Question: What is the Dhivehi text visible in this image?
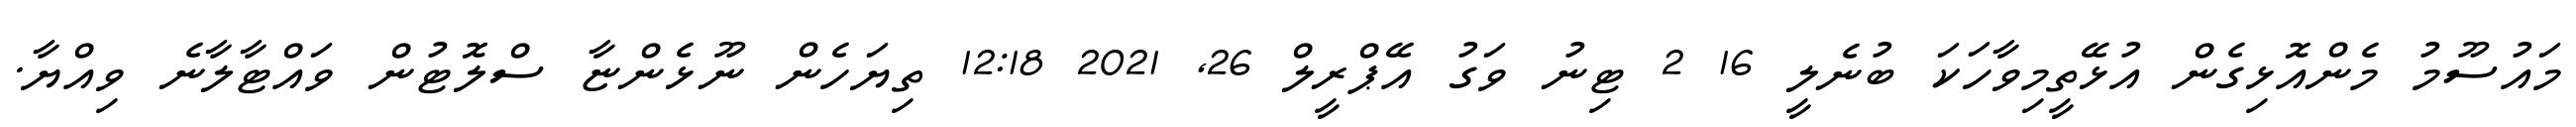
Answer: މައުސޫމު މެންއޮޅިގެން އުޅޭތީމިވާހަކަ ބުނެލީ 16 2 ޓިނު ވަގު އޭޕްރީލް 26, 2021 12:18 ތިޔަހެން ނޫޅެންޏާ ސްލޮޓުން ވައްޓާލާނެ ވިއްޔާ.